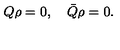
Q \rho = 0 , \quad \bar { Q } \rho = 0 .